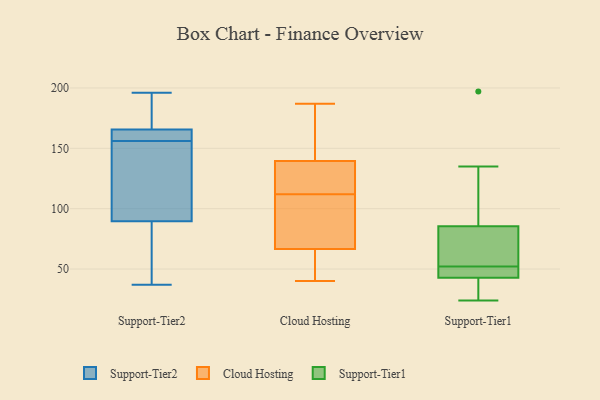
{"axis": {"x": "Backlog", "y": "Value"}, "legend": ["Cloud Hosting", "Support-Tier1", "Support-Tier2"], "data": [{"x": "", "y": 160, "type": "Support-Tier2"}, {"x": "", "y": 167, "type": "Support-Tier2"}, {"x": "", "y": 63, "type": "Support-Tier2"}, {"x": "", "y": 156, "type": "Support-Tier2"}, {"x": "", "y": 196, "type": "Support-Tier2"}, {"x": "", "y": 76, "type": "Support-Tier2"}, {"x": "", "y": 123, "type": "Support-Tier2"}, {"x": "", "y": 98, "type": "Support-Tier2"}, {"x": "", "y": 171, "type": "Support-Tier2"}, {"x": "", "y": 182, "type": "Support-Tier2"}, {"x": "", "y": 165, "type": "Support-Tier2"}, {"x": "", "y": 94, "type": "Support-Tier2"}, {"x": "", "y": 158, "type": "Support-Tier2"}, {"x": "", "y": 39, "type": "Support-Tier2"}, {"x": "", "y": 161, "type": "Support-Tier2"}, {"x": "", "y": 124, "type": "Support-Tier2"}, {"x": "", "y": 37, "type": "Support-Tier2"}, {"x": "", "y": 81, "type": "Cloud Hosting"}, {"x": "", "y": 175, "type": "Cloud Hosting"}, {"x": "", "y": 187, "type": "Cloud Hosting"}, {"x": "", "y": 132, "type": "Cloud Hosting"}, {"x": "", "y": 131, "type": "Cloud Hosting"}, {"x": "", "y": 144, "type": "Cloud Hosting"}, {"x": "", "y": 40, "type": "Cloud Hosting"}, {"x": "", "y": 44, "type": "Cloud Hosting"}, {"x": "", "y": 109, "type": "Cloud Hosting"}, {"x": "", "y": 81, "type": "Cloud Hosting"}, {"x": "", "y": 154, "type": "Cloud Hosting"}, {"x": "", "y": 115, "type": "Cloud Hosting"}, {"x": "", "y": 64, "type": "Cloud Hosting"}, {"x": "", "y": 69, "type": "Cloud Hosting"}, {"x": "", "y": 55, "type": "Cloud Hosting"}, {"x": "", "y": 135, "type": "Cloud Hosting"}, {"x": "", "y": 86, "type": "Cloud Hosting"}, {"x": "", "y": 121, "type": "Cloud Hosting"}, {"x": "", "y": 58, "type": "Cloud Hosting"}, {"x": "", "y": 147, "type": "Cloud Hosting"}, {"x": "", "y": 52, "type": "Support-Tier1"}, {"x": "", "y": 197, "type": "Support-Tier1"}, {"x": "", "y": 42, "type": "Support-Tier1"}, {"x": "", "y": 45, "type": "Support-Tier1"}, {"x": "", "y": 90, "type": "Support-Tier1"}, {"x": "", "y": 67, "type": "Support-Tier1"}, {"x": "", "y": 135, "type": "Support-Tier1"}, {"x": "", "y": 24, "type": "Support-Tier1"}, {"x": "", "y": 46, "type": "Support-Tier1"}, {"x": "", "y": 72, "type": "Support-Tier1"}, {"x": "", "y": 34, "type": "Support-Tier1"}]}